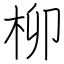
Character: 柳